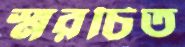
স্মরচিত